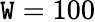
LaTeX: \mathtt{W}=100